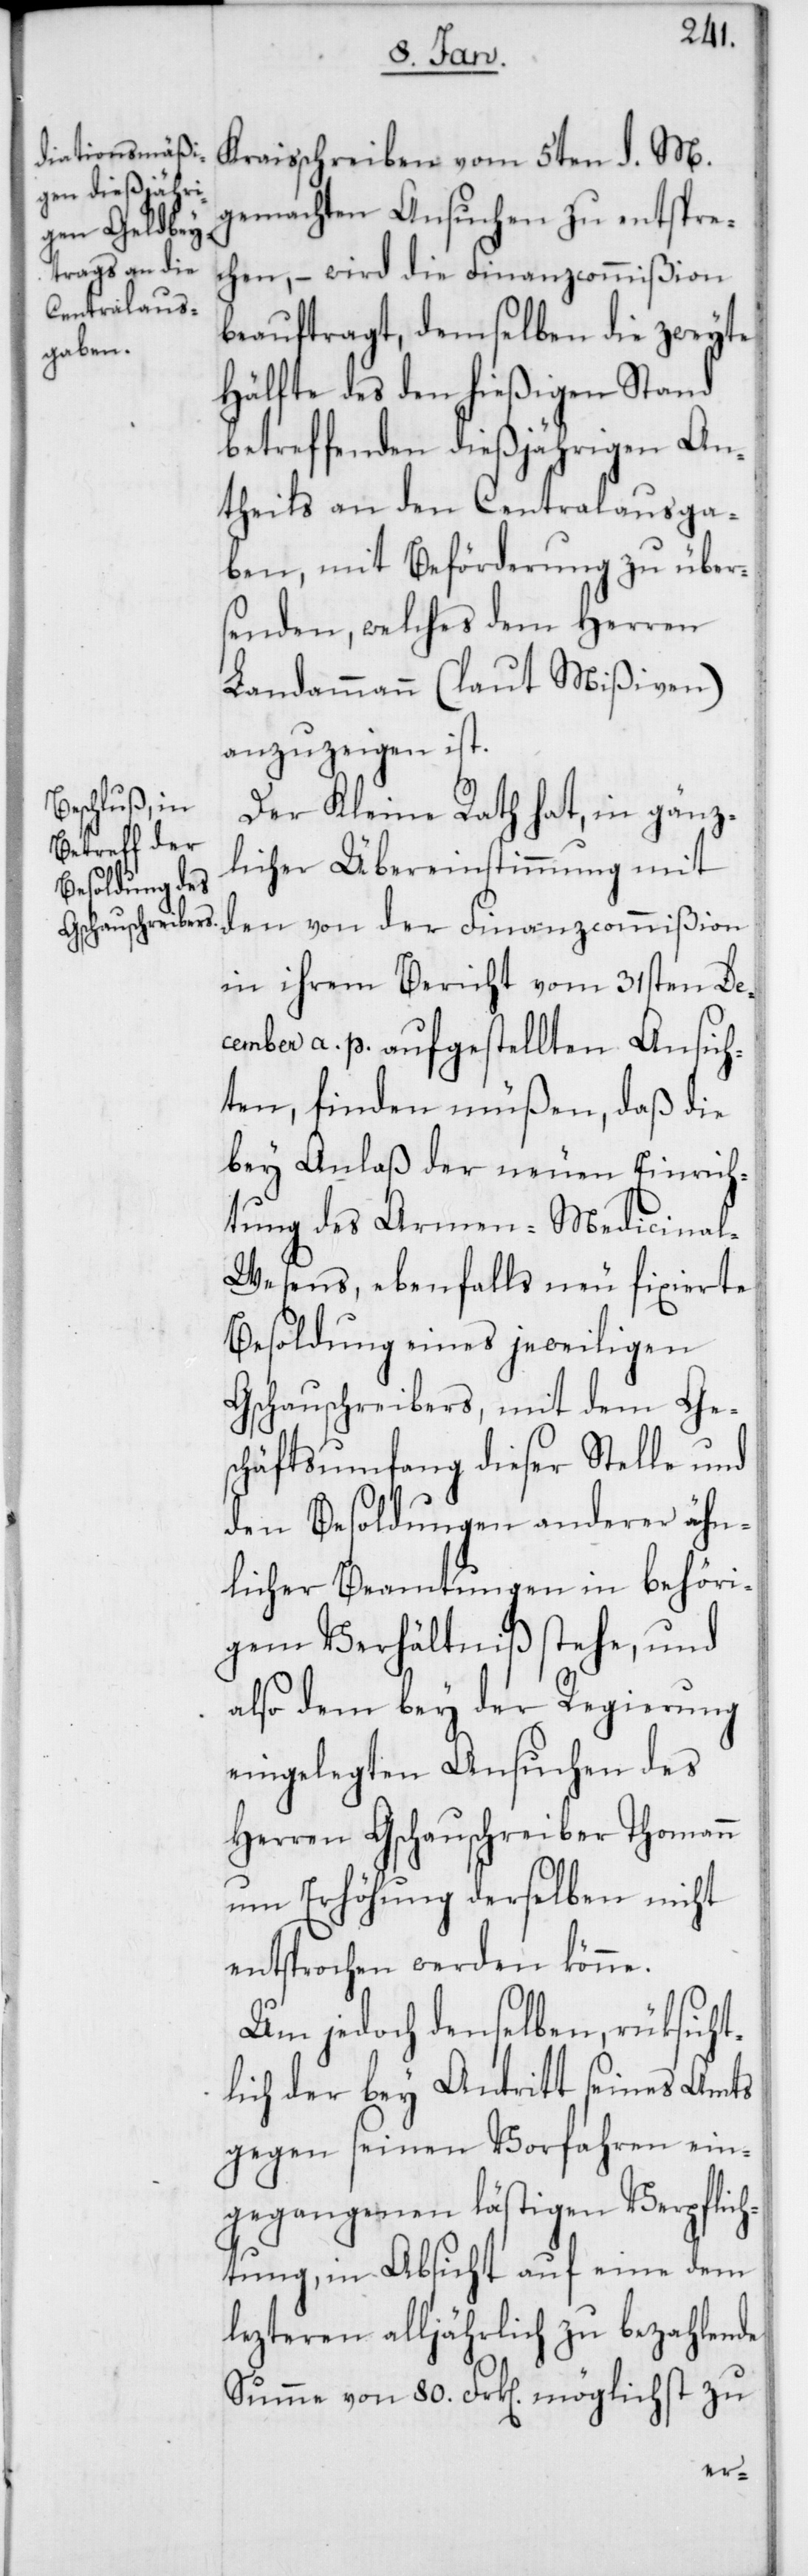
Kraisschreiben vom 5ten d. M.
gemachten Ansuchen zu entspre¬
chen, – wird die Finanzcommißion
beauftragt, demselben die zweyte
Hälfte des den hießigen Stand
betreffenden dießjährigen An¬
theils an den Centralausga¬
ben, mit Beförderung zu über¬
senden, welches dem Herren
Landammann (laut Mißiven)
anzuzeigen ist.
Der Kleine Rath hat, in gänz¬
licher Übereinstimmung mit
den von der Finanzcommißion
in ihrem Bericht vom 31sten De¬
cember a. p. aufgestellten Ansich¬
ten, finden müßen, daß die
bey Anlaß der neuen Einrich¬
tung des Armen-Medicina¬
l-Wesens, ebenfalls neu fixierte
Besoldung eines jeweiligen
Gschauschreibers, mit dem Ge¬
schäftsumfang dieser Stelle und
den Besoldungen anderer ähn¬
licher Beamtungen in behöri¬
gem Verhältniß stehe, und
also dem bey der Regierung
eingelegten Ansuchen des
Herren Gschauschreiber Thomann
um Erhöhung derselben nicht
entsprochen werden könne.
Um jedoch denselben, rüksicht¬
lich der bey Antritt seines Amts
gegen seinen Vorfahren ein¬
gegangenen lästigen Verpflich¬
tung, in Absicht auf eine dem
lezteren alljährlich zu bezahlende
Summe von 80. Frk[en]. möglichst zu